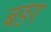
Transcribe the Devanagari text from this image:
बङ्ग